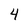
Character: 4